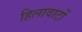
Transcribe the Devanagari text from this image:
हिलावाटों